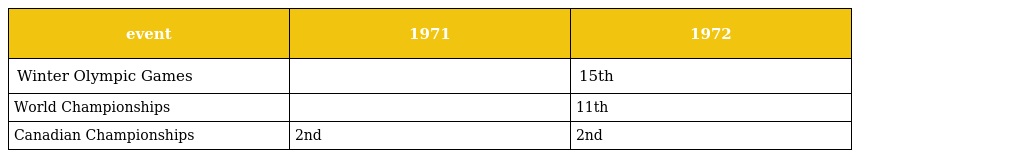
| event | 1971 | 1972 |
 | --- | --- | --- |
 | Winter Olympic Games |  | 15th |
 | World Championships |  | 11th |
 | Canadian Championships | 2nd | 2nd |